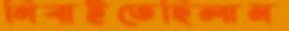
নিবাইতেছিলাম